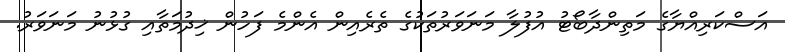
އަސްކަރިއްޔާގެ މަތިންދާބޯޓު އުފުލާ މަނަވަރުތަކުގެ ތެރެއިން އެންމެ ފަހުން ޚިދުމަތާއި ގުޅުނު މަނަވަރު.